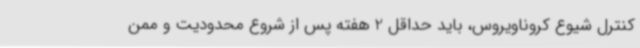
کنترل شیوع کروناویروس، باید حداقل 2 هفته پس از شروع محدودیت و ممن